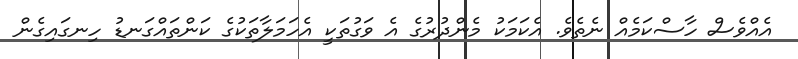
އެއްވެސް ހާސްކަމެއް ނެތެވެ. އެކަމަކު މެންދުރުގެ އެ ވަގުތަކީ އެހަމަލާތަކުގެ ކަންތައްގަނޑު ހިނގައިގެން